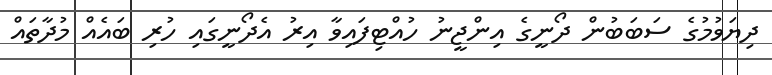
ދިޔަވުމުގެ ސަބަބުން ދޯނީގެ އިންޖީނު ހުއްޓިފައިވާ އިރު އެދޯނީގައި ހުރި ބައެއް މުދާތައް